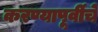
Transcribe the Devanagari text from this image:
करण्यापूर्वीचे